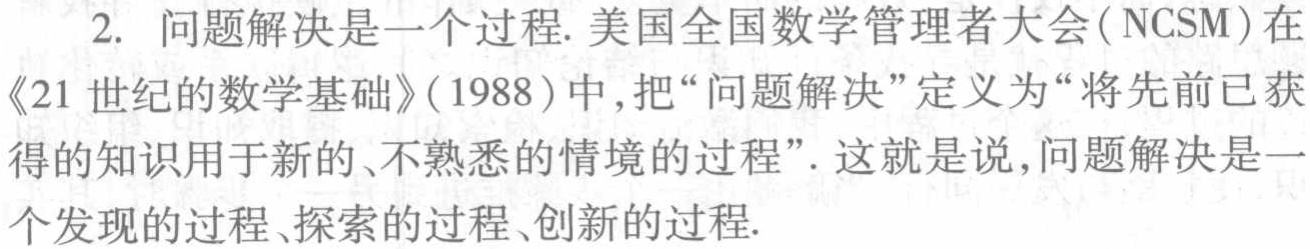
2. 问题解决是一个过程. 美国全国数学管理者大会(\(NCSM\))在《21 世纪的数学基础》(1988)中,把“问题解决”定义为“将先前已获得的知识用于新的、不熟悉的情境的过程”. 这就是说,问题解决是一个发现的过程、探索的过程、创新的过程.